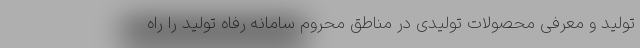
تولید و معرفی محصولات تولیدی در مناطق محروم سامانه رفاه تولید را راه